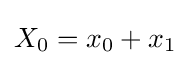
X_{0}=x_{0}+x_{1}